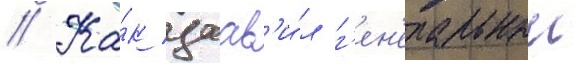
// Ка́к заав'и́л г'ен'еральныи